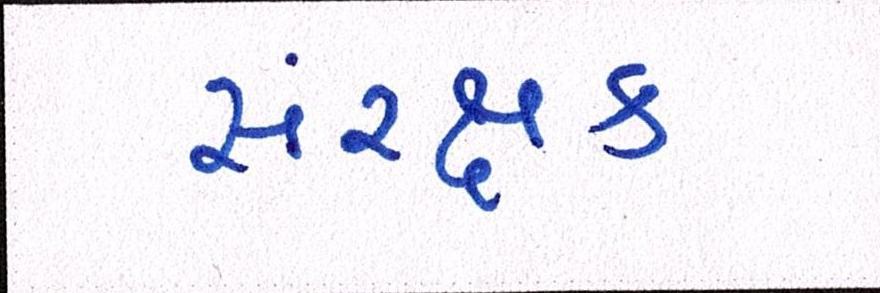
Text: સંરક્ષક